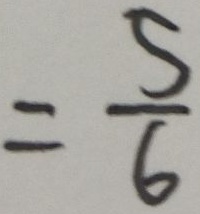
= \frac { 5 } { 6 }